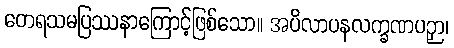
တေရသမပြဿနာကြောင့်ဖြစ်သော။ အပိလာပနလက္ခဏပဉှာ၊